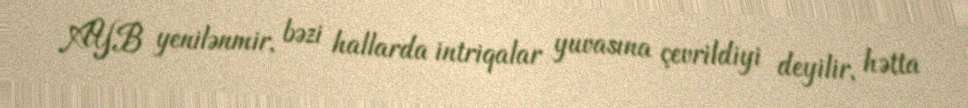
AYB yenilənmir, bəzi hallarda intriqalar yuvasına çevrildiyi deyilir, hətta